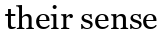
their sense